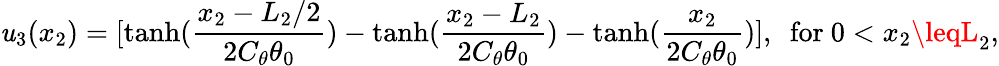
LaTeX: \mathit{u}_{3}(x_{2})=[\mathrm{{tanh}}(\frac{{x_{2}-L_{2}/2}}{{2C_{\theta}\theta_{0}}})-\mathrm{{tanh}}(\frac{{x_{2}-L_{2}}}{{2C_{\theta}\theta_{0}}})-\mathrm{{tanh}}(\frac{{x_{2}}}{{2C_{\theta}\theta_{0}}})],~~\mathrm{{for}}~0<x_{2}\leqL_{2},